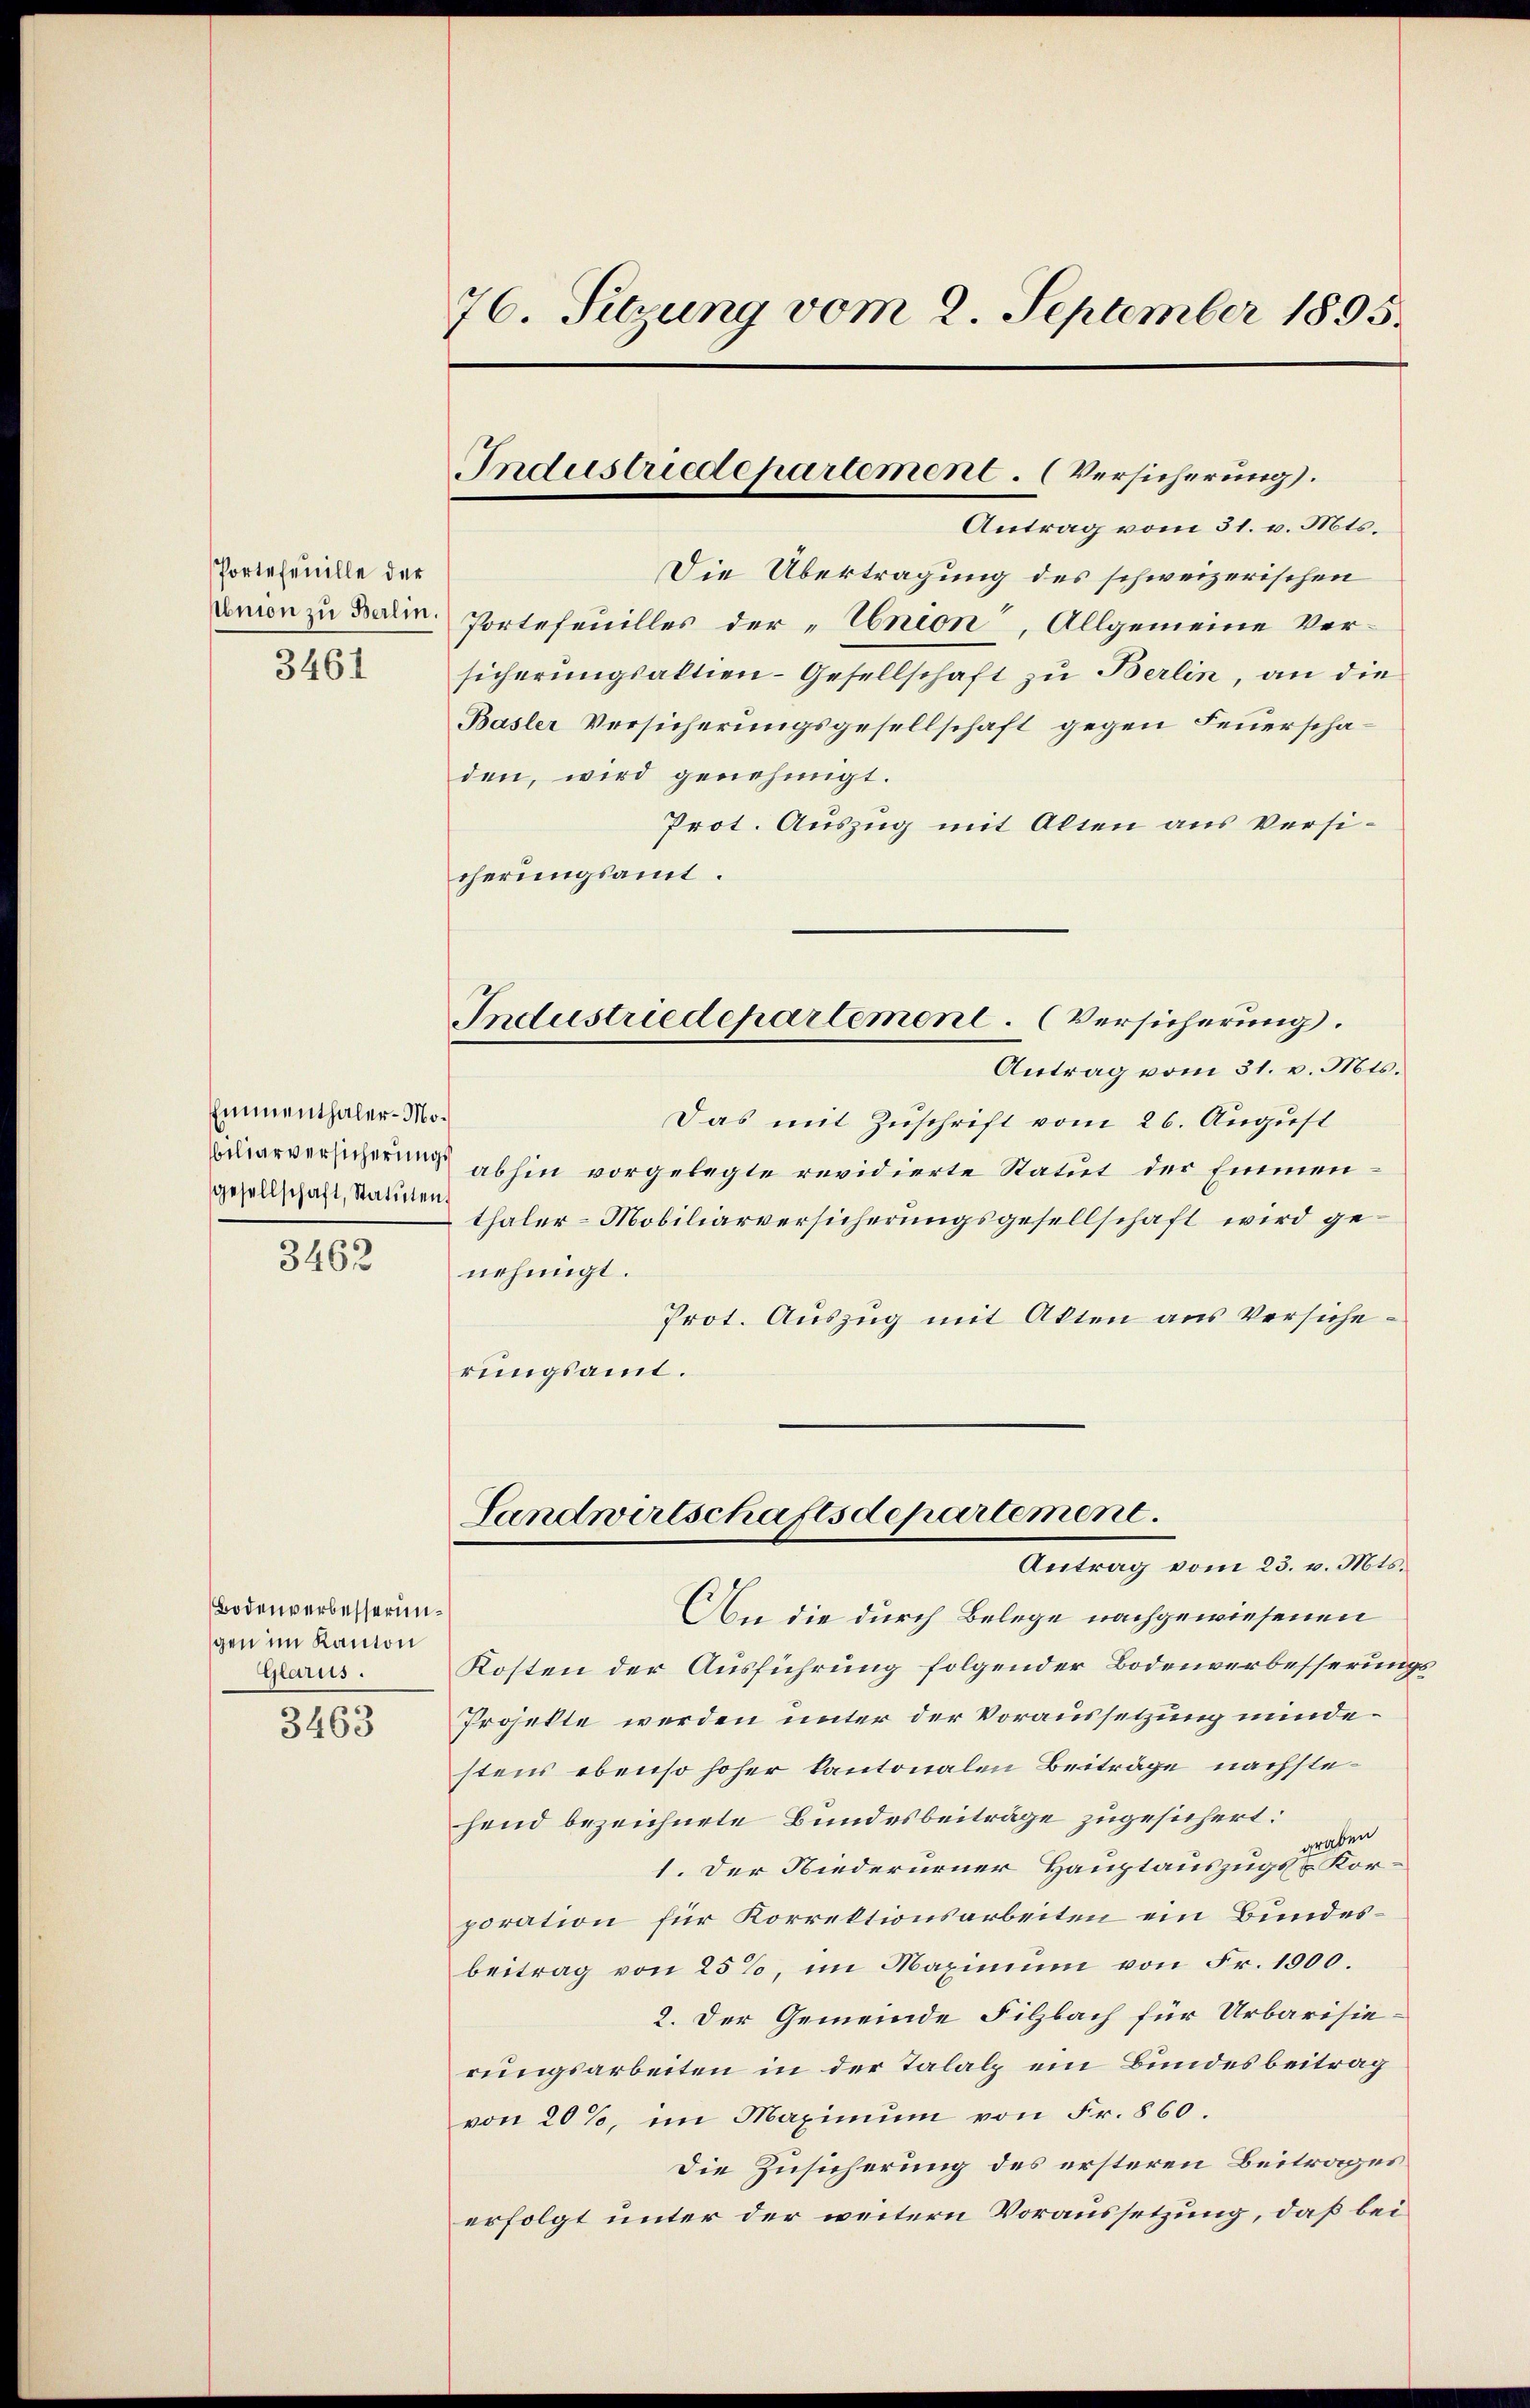
Portefeuille der
Abnion zu Berlin.
3461

Emmenthaler - Moiliarversicherungs
gesellschaft, Statuten,

3462

Bodenverbesserungen im Kanton
Glarus.

3463

76. Sitzung vom 2. September 1895.

Industriedepartement. (Versicherung.

Antrag vom 31. v. Mts.
Die Übertragung des schweizerischen
Portefeuilles der „Union, Allgemeine Versicherungsaktien-Gesellschaft zu Berlin, an die
Basler Versicherungsgesellschaft gegen Feuerschaden, wird genehmigt.
Prot. Auszug mit Alten aus Versicherungsamt.
Industriedepartement. (Versicherung.
Antrag vom 31. v. Mts.
Das mit Zuschrift vom 26. August
abhin vorgelegte revidierte Statut der Emmenthaler-Mobiliarversicherungsgesellschaft wird genehmigt.
Prot. Auszug mit Akten aus Versicherungsamt.

Landwirtschaftsdepartement.
Antrag vom 23. v. Mts.

An die durch Belege nachgewiesenen
Kosten der Ausführung folgender Bodenverbesserungs¬
Projekte werden unter der Voraussetzung mindestens ebenso hoher kantonalen Beiträge nachstehend bezeichnete Bundesbeiträge zugesichert:
graben
1. Der Niederurner Hauptauszugs - Korporation für Korrektionsarbeiten ein Bundesbeitrag von 25%, im Maximum von Fr. 1000.
2. Der Gemeinde Filzbach für Urbarisierungsarbeiten in der Talalp ein Bundesbeitrag
von 20%, im Maximum von Fr. 860.
Die Zusicherung des ersteren Beitrages
erfolgt unter der weitern Voraussetzung, daß bei